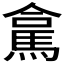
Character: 𮪁